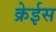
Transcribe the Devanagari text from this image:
क्रेईस